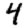
Digit: 4